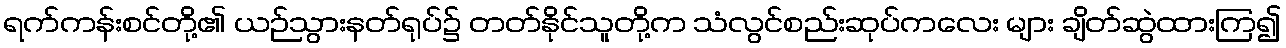
ရက်ကန်းစင်တို့၏ ယဉ်သွားနတ်ရုပ်၌ တတ်နိုင်သူတို့က သံလွင်စည်းဆုပ်ကလေး များ ချိတ်ဆွဲထားကြ၍